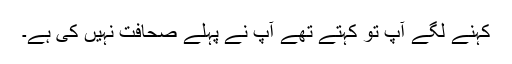
کہنے لگے آپ تو کہتے تھے آپ نے پہلے صحافت نہیں کی ہے۔